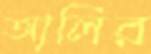
আলির